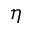
\eta